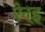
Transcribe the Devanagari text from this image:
ऐन्ड्